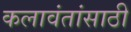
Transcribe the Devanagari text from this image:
कलावंतांसाठी